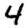
Digit: 4